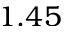
1 . 4 5